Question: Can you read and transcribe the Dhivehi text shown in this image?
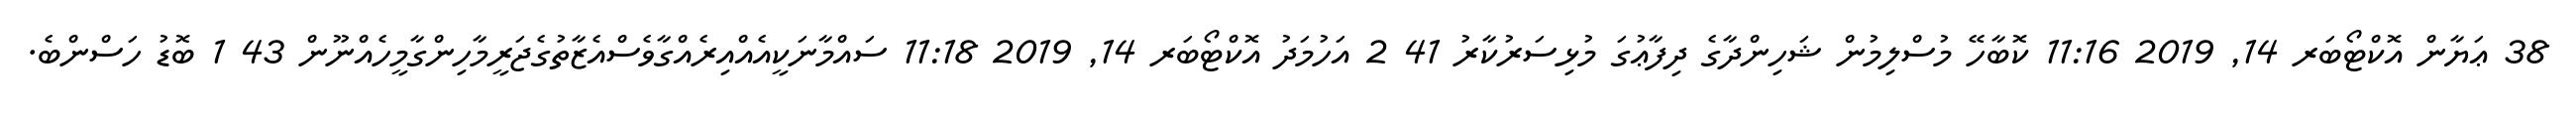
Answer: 38 ޢަޔާން އޮކްޓޯބަރ 14, 2019 11:16 ކޮބާހޭ މުސްލިމުން ޝަހިންދާގެ ދިފާޢުގަ މުޅިސަރުކާރު 41 2 އަހުމަދު އޮކްޓޯބަރ 14, 2019 11:18 ސައްމާނަކީއެއްއިރެއްގާވެސްއެޒާތުގެޖަރީމާހިންގާމީހެއްނޫން 43 1 ބޮޑު ހަސްންބެ.